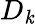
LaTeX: D_{\mathit{k}}